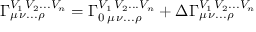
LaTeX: \Gamma _ { \mu \, \nu . . . \rho } ^ { V _ { 1 } \, V _ { 2 } . . . V _ { n } } = \Gamma _ { 0 \, \mu \, \nu . . . \rho } ^ { V _ { 1 } \, V _ { 2 } . . . V _ { n } } + \Delta \Gamma _ { \mu \, \nu . . . \rho } ^ { V _ { 1 } \, V _ { 2 } . . . V _ { n } }